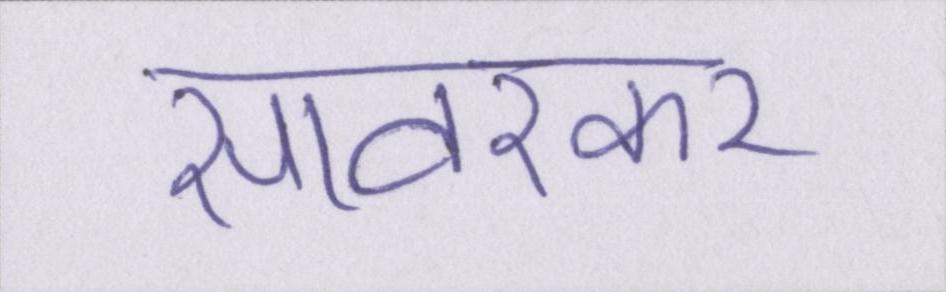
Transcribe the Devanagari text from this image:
सावरकर